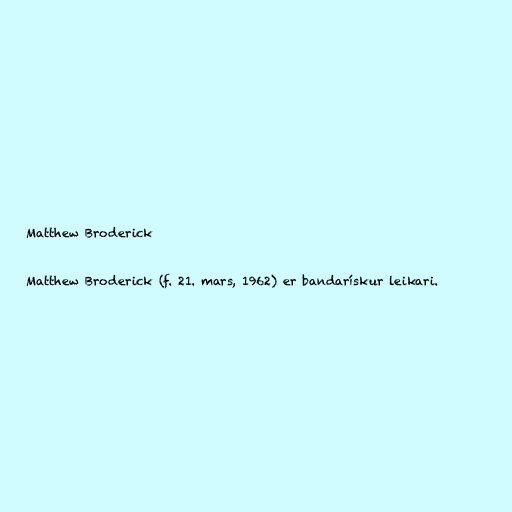
Matthew Broderick

Matthew Broderick (f. 21. mars, 1962) er bandarískur leikari.